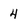
Character: 4